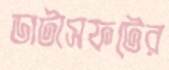
ডাটাসফটের